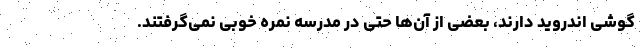
گوشی اندروید دارند، بعضی از آن‌ها حتی در مدرسه نمره خوبی نمی‌گرفتند.